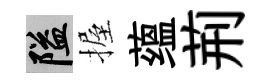
隘握蕴荊